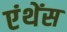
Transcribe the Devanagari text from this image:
एंथेंस